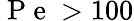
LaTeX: \mathrm{~P~e~}>100